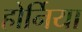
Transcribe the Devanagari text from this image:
होर्निया